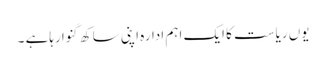
یوں ریاست کا ایک اہم ادارہ اپنی ساکھ گنوا رہاہے ۔